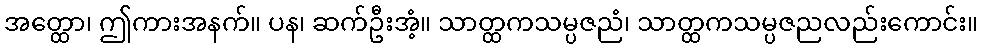
အတ္ထော၊ ဤကားအနက်။ ပန၊ ဆက်ဦးအံ့။ သာတ္ထကသမ္ပဇညံ၊ သာတ္ထကသမ္ပဇညလည်းကောင်း။